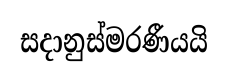
සදානුස්මරණීයයි